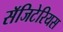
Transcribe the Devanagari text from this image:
सॅजिटेरियस